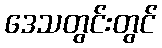
ဒေသတွင်းတွင်